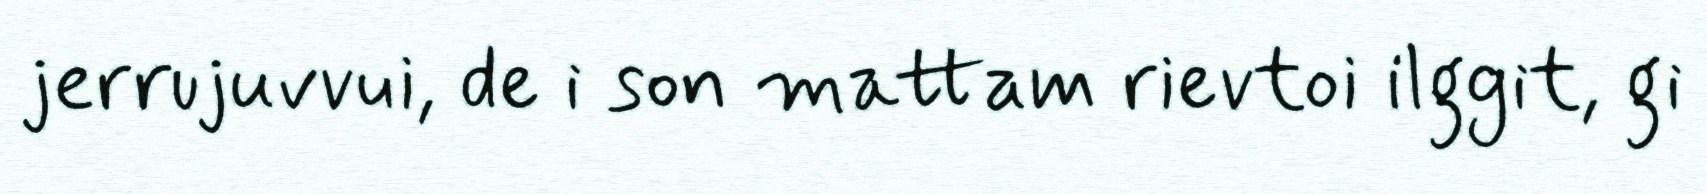
jerrujuvvui, de i son mattam rievtoi ilggit, gi